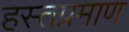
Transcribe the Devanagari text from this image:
हस्तप्रमाण